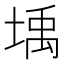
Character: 㙖